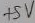
Text: +5V